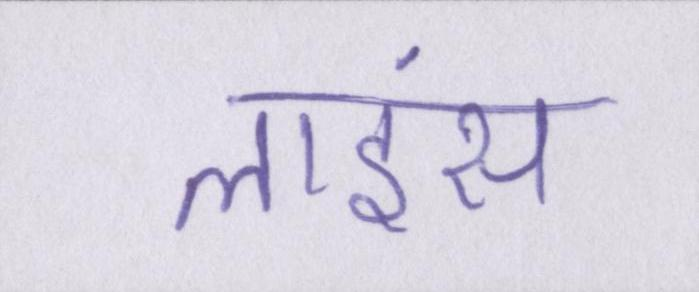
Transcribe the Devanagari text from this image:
लाइंस